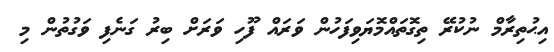
އިޙުތިރާމް ނުކުރޭ ތިގޮތައްމޮޔަވިފަހުން ވަރައް ފޫހި ވަރަށް ބިރު ގަނެފި ވަގުތުން މި